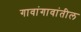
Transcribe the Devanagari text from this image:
गावांगावांतील